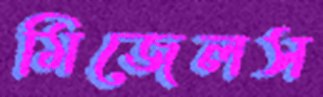
মিজেলস